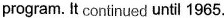
program. It continued until 1965.